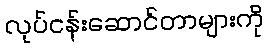
လုပ်ငန်းဆောင်တာများကို